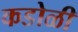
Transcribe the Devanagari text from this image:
कडोळी